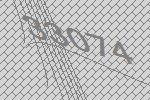
33074